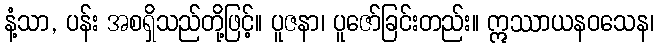
နံ့သာ, ပန်း အစရှိသည်တို့ဖြင့်။ ပူဇနာ၊ ပူဇော်ခြင်းတည်း။ ဣဿာယနဝသေန၊